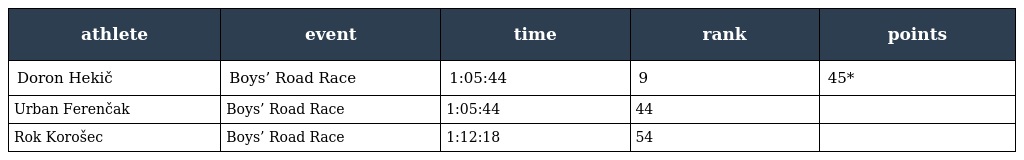
| athlete | event | time | rank | points |
 | --- | --- | --- | --- | --- |
 | Doron Hekič | Boys’ Road Race | 1:05:44 | 9 | 45* |
 | Urban Ferenčak | Boys’ Road Race | 1:05:44 | 44 |  |
 | Rok Korošec | Boys’ Road Race | 1:12:18 | 54 |  |